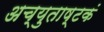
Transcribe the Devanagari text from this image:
अच्युताष्टकं